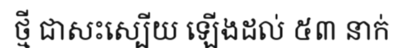
ថ្មី ជាសះស្បើយ ឡើងដល់ ៥៣ នាក់